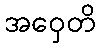
အဝှေတိ